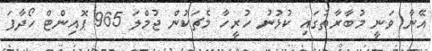
އޭނާ ވަނީ މުބާރާތުގައި ކުޅުނު ހުރީހާ މެޗަކުން ޖުމްލަ 965 ޕޮއިންޓް ހޯދާފަ